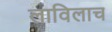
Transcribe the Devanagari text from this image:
लाविलाच